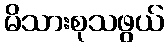
မိသားစုသဖွယ်